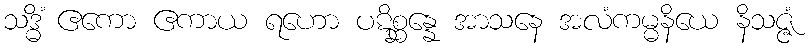
သဒ္ဓိံ ဧကော ဧကာယ ရဟော ပဋိစ္ဆန္နေ အာသနေ အလံကမ္မနိယေ နိသဇ္ဇံ